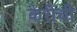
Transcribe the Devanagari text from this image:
केरीची